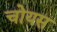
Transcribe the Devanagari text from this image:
चोयस